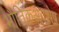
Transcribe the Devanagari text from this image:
भौतिकअवशेष